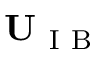
\mathbf { U } _ { \mathrm { ~ I ~ B ~ } }